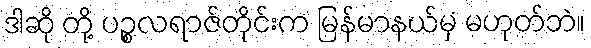
ဒါဆို တို့ ပဉ္စလရာဇ်တိုင်းက မြန်မာနယ်မှ မဟုတ်ဘဲ။